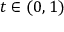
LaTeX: t \in ( 0 , 1 )